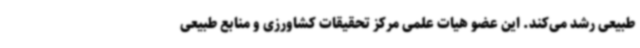
طبیعی رشد می‌کند. این عضو هیات علمی مرکز تحقیقات کشاورزی و منابع طبیعی